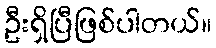
ဦးရှိပြီဖြစ်ပါတယ်။